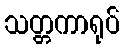
သတ္တကာရုပ်